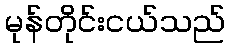
မုန်တိုင်းငယ်သည်